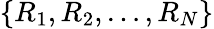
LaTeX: \lbrace R_{1},R_{2},\ldots,R_{N}\rbrace